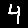
Digit: 4